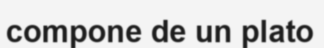
compone de un plato